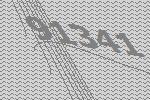
91341